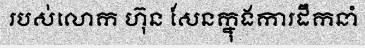
របស់លោក ហ៊ុន សែនក្នុងការដឹកនាំ